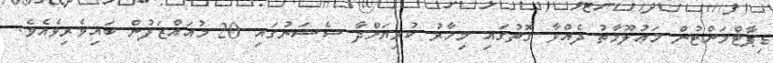
ޑިޕާޓްމަންޓުން މަޢުލޫމާތު ދެއްވާ ގޮތުގައި މިހާރު ކުރިޔަށްދާ ސެޝަނުގައި 20 މުއައްޒަފުން ބައިވެރިވެއެވެ.